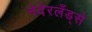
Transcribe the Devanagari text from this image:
नेदेरलँड्से